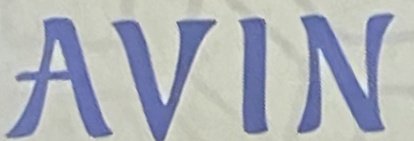
AVIN